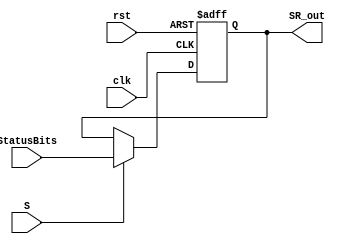
module StatusRegister(clk, rst, S, StatusBits, SR_out);
    input clk, rst, S;
    input [3:0] StatusBits;
    output reg [3:0] SR_out;
    
    always @(negedge clk, posedge rst) begin
        if(rst)
            SR_out <= 4'b0;
        else if(S == 1'b1) SR_out <= StatusBits;
    end
endmodule